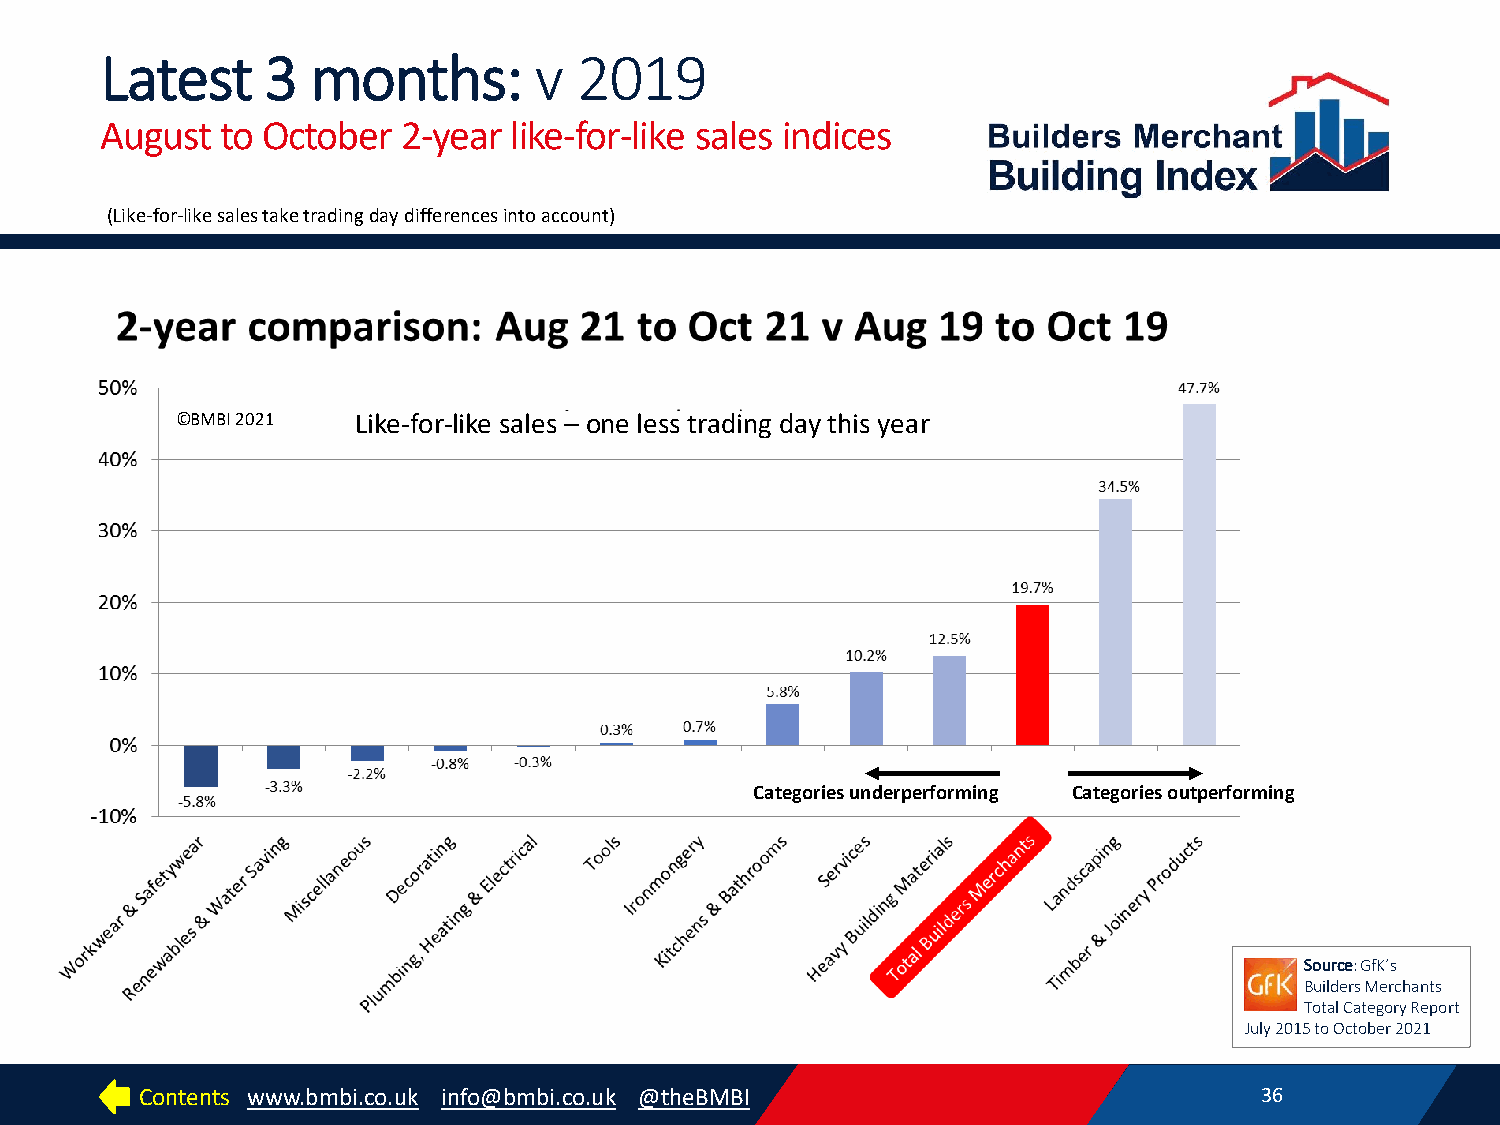
Latest     3  months:       v  2019
 August  to October  2-year like-for-like sales indices
 (Like-for-like sales take trading day differences into account)
 ©BMBI 2021  Like-for-like sales – one less trading day this year
 Categories underperforming Categories outperforming
 Source: GfK’s
 Builders Merchants
 Total Category Report
 July 2015 to October 2021
 Contents www.bmbi.co.uk info@bmbi.co.uk @theBMBI                          36